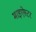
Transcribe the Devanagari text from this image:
माइऐस्टर